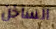
الساخن